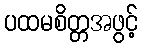
ပထမစိတ္တအဖွင့်